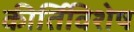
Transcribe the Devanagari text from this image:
कीर्तिविशेष